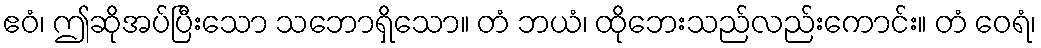
ဧဝံ၊ ဤဆိုအပ်ပြီးသော သဘောရှိသော။ တံ ဘယံ၊ ထိုဘေးသည်လည်းကောင်း။ တံ ဝေရံ၊